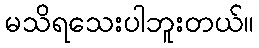
မသိရသေးပါဘူးတယ်။